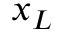
x _ { L }